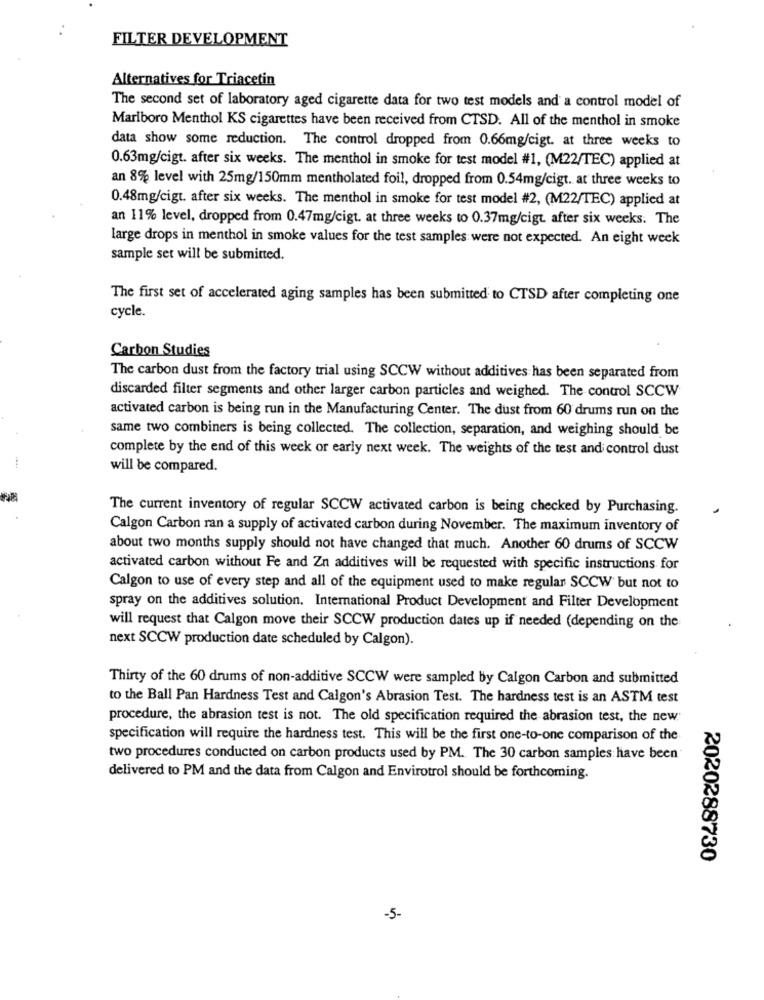
FILTER DEVELOPMENT
Alternatives for Triacetin
The second set of laboratory aged cigarette data for two test models and a control model of
Marlboro Menthol KS cigarettes have been received from CTSD. All of the menthol in smoke
data show some reduction. The control dropped from 0.66mg/cigt. at three weeks to
0.63mg/cigt. after six weeks. The menthol in smoke for test model #1, (M22/TEC) applied at
an 8% level with 25mg/150mm mentholated foil, dropped from 0.54mg/cigt. at three weeks to
0.48mg/cigt. after six weeks. The menthol in smoke for test model #2, (M22/TEC) applied at
an 11% level, dropped from 0.47mg/cigt. at three weeks to 0.37mg/cigt after six weeks. The
large drops in menthol in smoke values for the test samples were not expected. An eight week
sample set will be submitted.
The first set of accelerated aging samples has been submitted to CTSD after completing one
cycle.
Carbon Studies
The carbon dust from the factory trial using SCCW without additives has been separated from
discarded filter segments and other larger carbon particles and weighed. The control SCCW
activated carbon is being run in the Manufacturing Center. The dust from 60 drums run on the
same two combiners is being collected. The collection, separation, and weighing should be
complete by the end of this week or early next week. The weights of the test and control dust
will be compared.
The current inventory of regular SCCW activated carbon is being checked by Purchasing.
Calgon Carbon ran a supply of activated carbon during November. The maximum inventory of
about two months supply should not have changed that much. Another 60 drums of SCCW
activated carbon without Fe and Zn additives will be requested with specific instructions for
Calgon to use of every step and all of the equipment used to make regular SCCW but not to
spray on the additives solution. International Product Development and Filter Development
will request that Calgon move their SCCW production dates up if needed (depending on the
next SCCW production date scheduled by Calgon).
Thirty of the 60 drums of non-additive SCCW were sampled by Calgon Carbon and submitted
to the Ball Pan Hardness Test and Calgon's Abrasion Test. The hardness test is an ASTM test
procedure, the abrasion test is not. The old specification required the abrasion test, the new"
specification will require the hardness test. This will be the first one-to-one comparison of the
two procedures conducted on carbon products used by PM. The 30 carbon samples have been"
delivered to PM and the data from Calgon and Envirotrol should be forthcoming.
2020288730
-5-